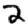
Digit: 2